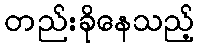
တည်းခိုနေသည့်